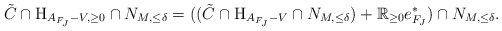
\begin{align*}\tilde{C} \cap \mathrm{H}_{A_{F_J} - V, \ge 0} \cap N_{M,\leq \delta} = ((\tilde{C} \cap \mathrm{H}_{A_{F_J} - V} \cap N_{M,\leq \delta}) + \mathbb{R}_{\ge 0} e^*_{F_J}) \cap N_{M,\leq \delta}.\end{align*}